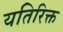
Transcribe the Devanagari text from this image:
यतिरिक्त